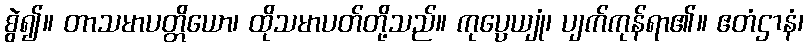
စွဲ၍။ တာသမာပတ္တိယော၊ ထိုသမာပတ်တို့သည်။ ကုပ္ပေယျုံ၊ ပျက်ကုန်ရာ၏။ ဧတံဌာနံ၊